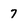
Character: 7